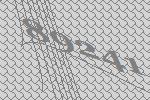
89241